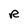
Character: R